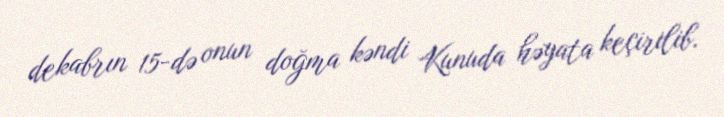
dekabrın 15-də onun doğma kəndi Kunuda həyata keçirilib.